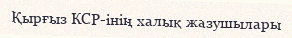
Қырғыз КСР-інің халық жазушылары